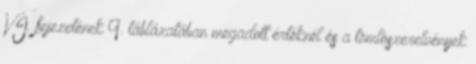
VI. fejezetének 9. táblázatában megadott értéknél és a tömlõszerelvények